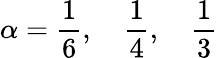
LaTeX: \alpha=\frac{1}{6},\quad\frac{1}{4},\quad\frac{1}{3}